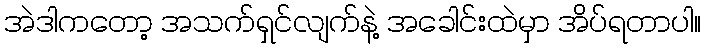
အဲဒါကတော့ အသက်ရှင်လျက်နဲ့ အခေါင်းထဲမှာ အိပ်ရတာပါ။